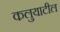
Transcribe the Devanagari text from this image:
कलुयाटील